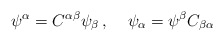
\begin{align*}\psi^\alpha = C^{\alpha\beta} \psi_\beta \, , \;\;\;\; \psi_\alpha= \psi^\beta C_{\beta\alpha}\end{align*}